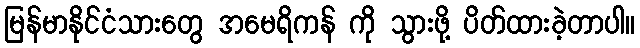
မြန်မာနိုင်ငံသားတွေ အမေရိကန် ကို သွားဖို့ ပိတ်ထားခဲ့တာပါ။